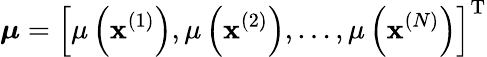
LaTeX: \boldsymbol{\mu}=\left[\mu\left(\mathbf{x}^{(1)}\right),\mu\left(\mathbf{x}^{(2)}\right),\ldots,\mu\left(\mathbf{x}^{(N)}\right)\right]^{\mathrm{T}}